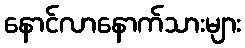
နောင်လာနောက်သားများ